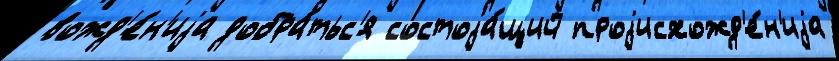
вожд'е́н'иjа добра́тьс'я состоjа́щий проjисхожд'е́н'иjа